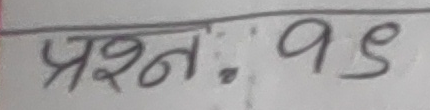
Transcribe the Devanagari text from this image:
प्रश्न: १५